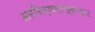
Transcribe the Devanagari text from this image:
अतरिक्षशास्त्रज्ञ